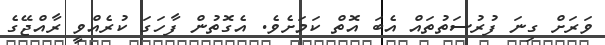
ވަރަށް ގިނަ ފުރުސަތުތައް އެބަ އޮތް ކަމަށެވެ. އެގޮތުން ފާހަގަ ކުރެއްވީ ރާއްޖޭގެ